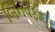
બિનવફાદાર